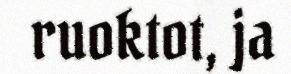
ruoktot, ja